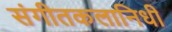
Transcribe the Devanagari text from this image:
संगीतकलानिधी